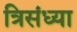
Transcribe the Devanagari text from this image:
त्रिसंध्या